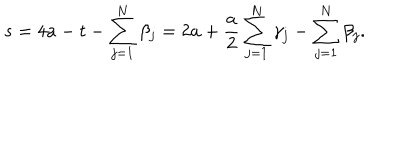
LaTeX: s = 4 a - t - \sum _ { j = 1 } ^ { N } \beta _ { j } = 2 a + \frac { a } { 2 } \sum _ { j = 1 } ^ { N } \gamma _ { j } - \sum _ { j = 1 } ^ { N } \beta _ { j } .